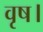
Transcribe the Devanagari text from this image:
वृष।